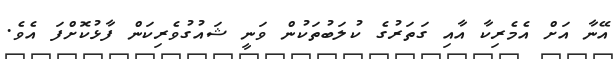
އޭނާ އަށް އެމެރިކާ އާއި ގަތަރުގެ ކުލަބުތަކުން ވަނީ ޝައުގުވެރިކަން ފާޅުކޮށްފަ އެވެ.